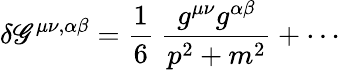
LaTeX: \delta\mathscr{G}^{\mu\nu,\alpha\beta}=\frac{{1}}{{6}}~\frac{{g^{\mu\nu}g^{\alpha\beta}}}{{p^{2}+m^{2}}}+\cdots